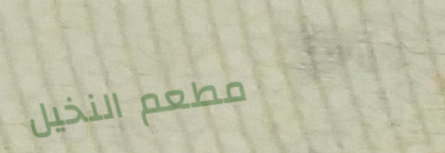
مطعم النخيل